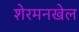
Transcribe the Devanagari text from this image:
शेरमनखेल